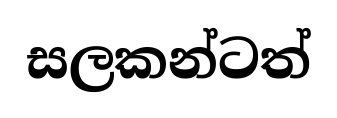
සලකන්ටත්